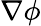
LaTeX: {\nabla\phi}